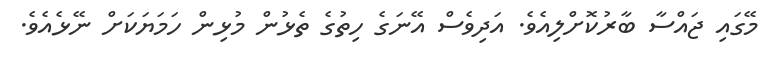
މޭގައި ޖައްސާ ބާރުކޮށްލިއެވެ. އަދިވެސް އޭނަގެ ހިތުގެ ތެޅުން މުޅިން ހަމަޔަކަށް ނޭޅެއެވެ.